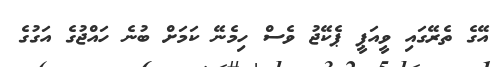
އޭގެ ތެރޭގައި ވީއަޕީ ޕެކޭޖު ވެސް ހިމެނޭ ކަމަށް ބުނެ ހައްޖުގެ އަގުގެ